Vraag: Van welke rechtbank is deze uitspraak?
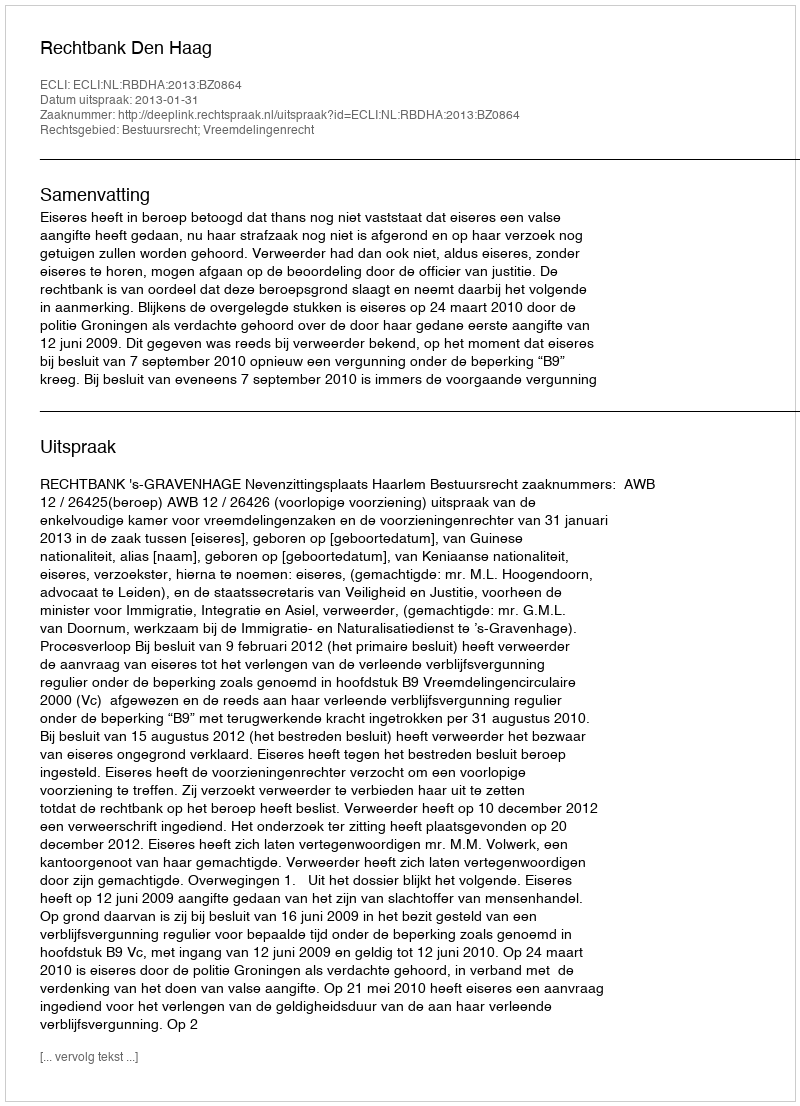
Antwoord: Rechtbank Den Haag